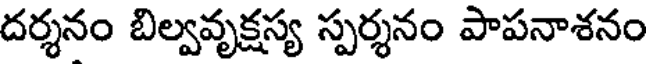
దర్శనం బిల్వవృక్షస్య స్పర్శనం పాపనాశనం